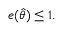
e ( { \hat { \theta } } ) \leq 1 .